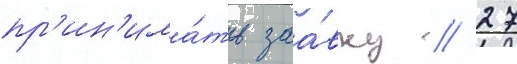
пр'ин'има́ть заа́вку // 27